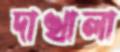
দাখালা